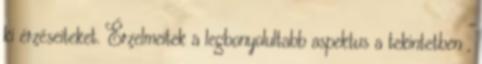
ki érzéseiteket. Érzelmeitek a legbonyolultabb aspektus a tekintetben ,